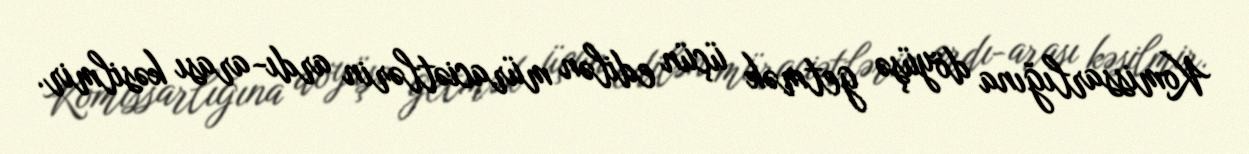
Komissarlığına döyüşə getmək üçün edilən müraciətlərin ardı-arası kəsilmir.